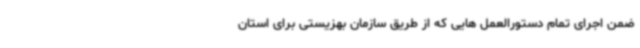
ضمن اجرای تمام دستورالعمل هایی که از طریق سازمان بهزیستی برای استان